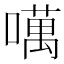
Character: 噧